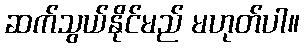
ဆက်သွယ်နိုင်မည် မဟုတ်ပါ။